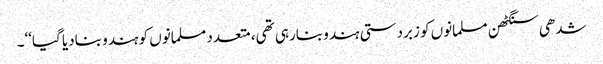
شدھی سنگٹھن مسلمانوں کو زبردستی ہندو بنارہی تھی، متعدد مسلمانوں کو ہندو بنادیا گیا‘‘۔